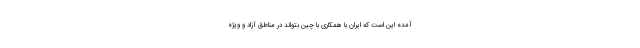
آمده این است که ایران با همکاری با چین بتواند در مناطق آزاد و ویژه